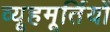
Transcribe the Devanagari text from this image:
व्यूहमूर्तियों